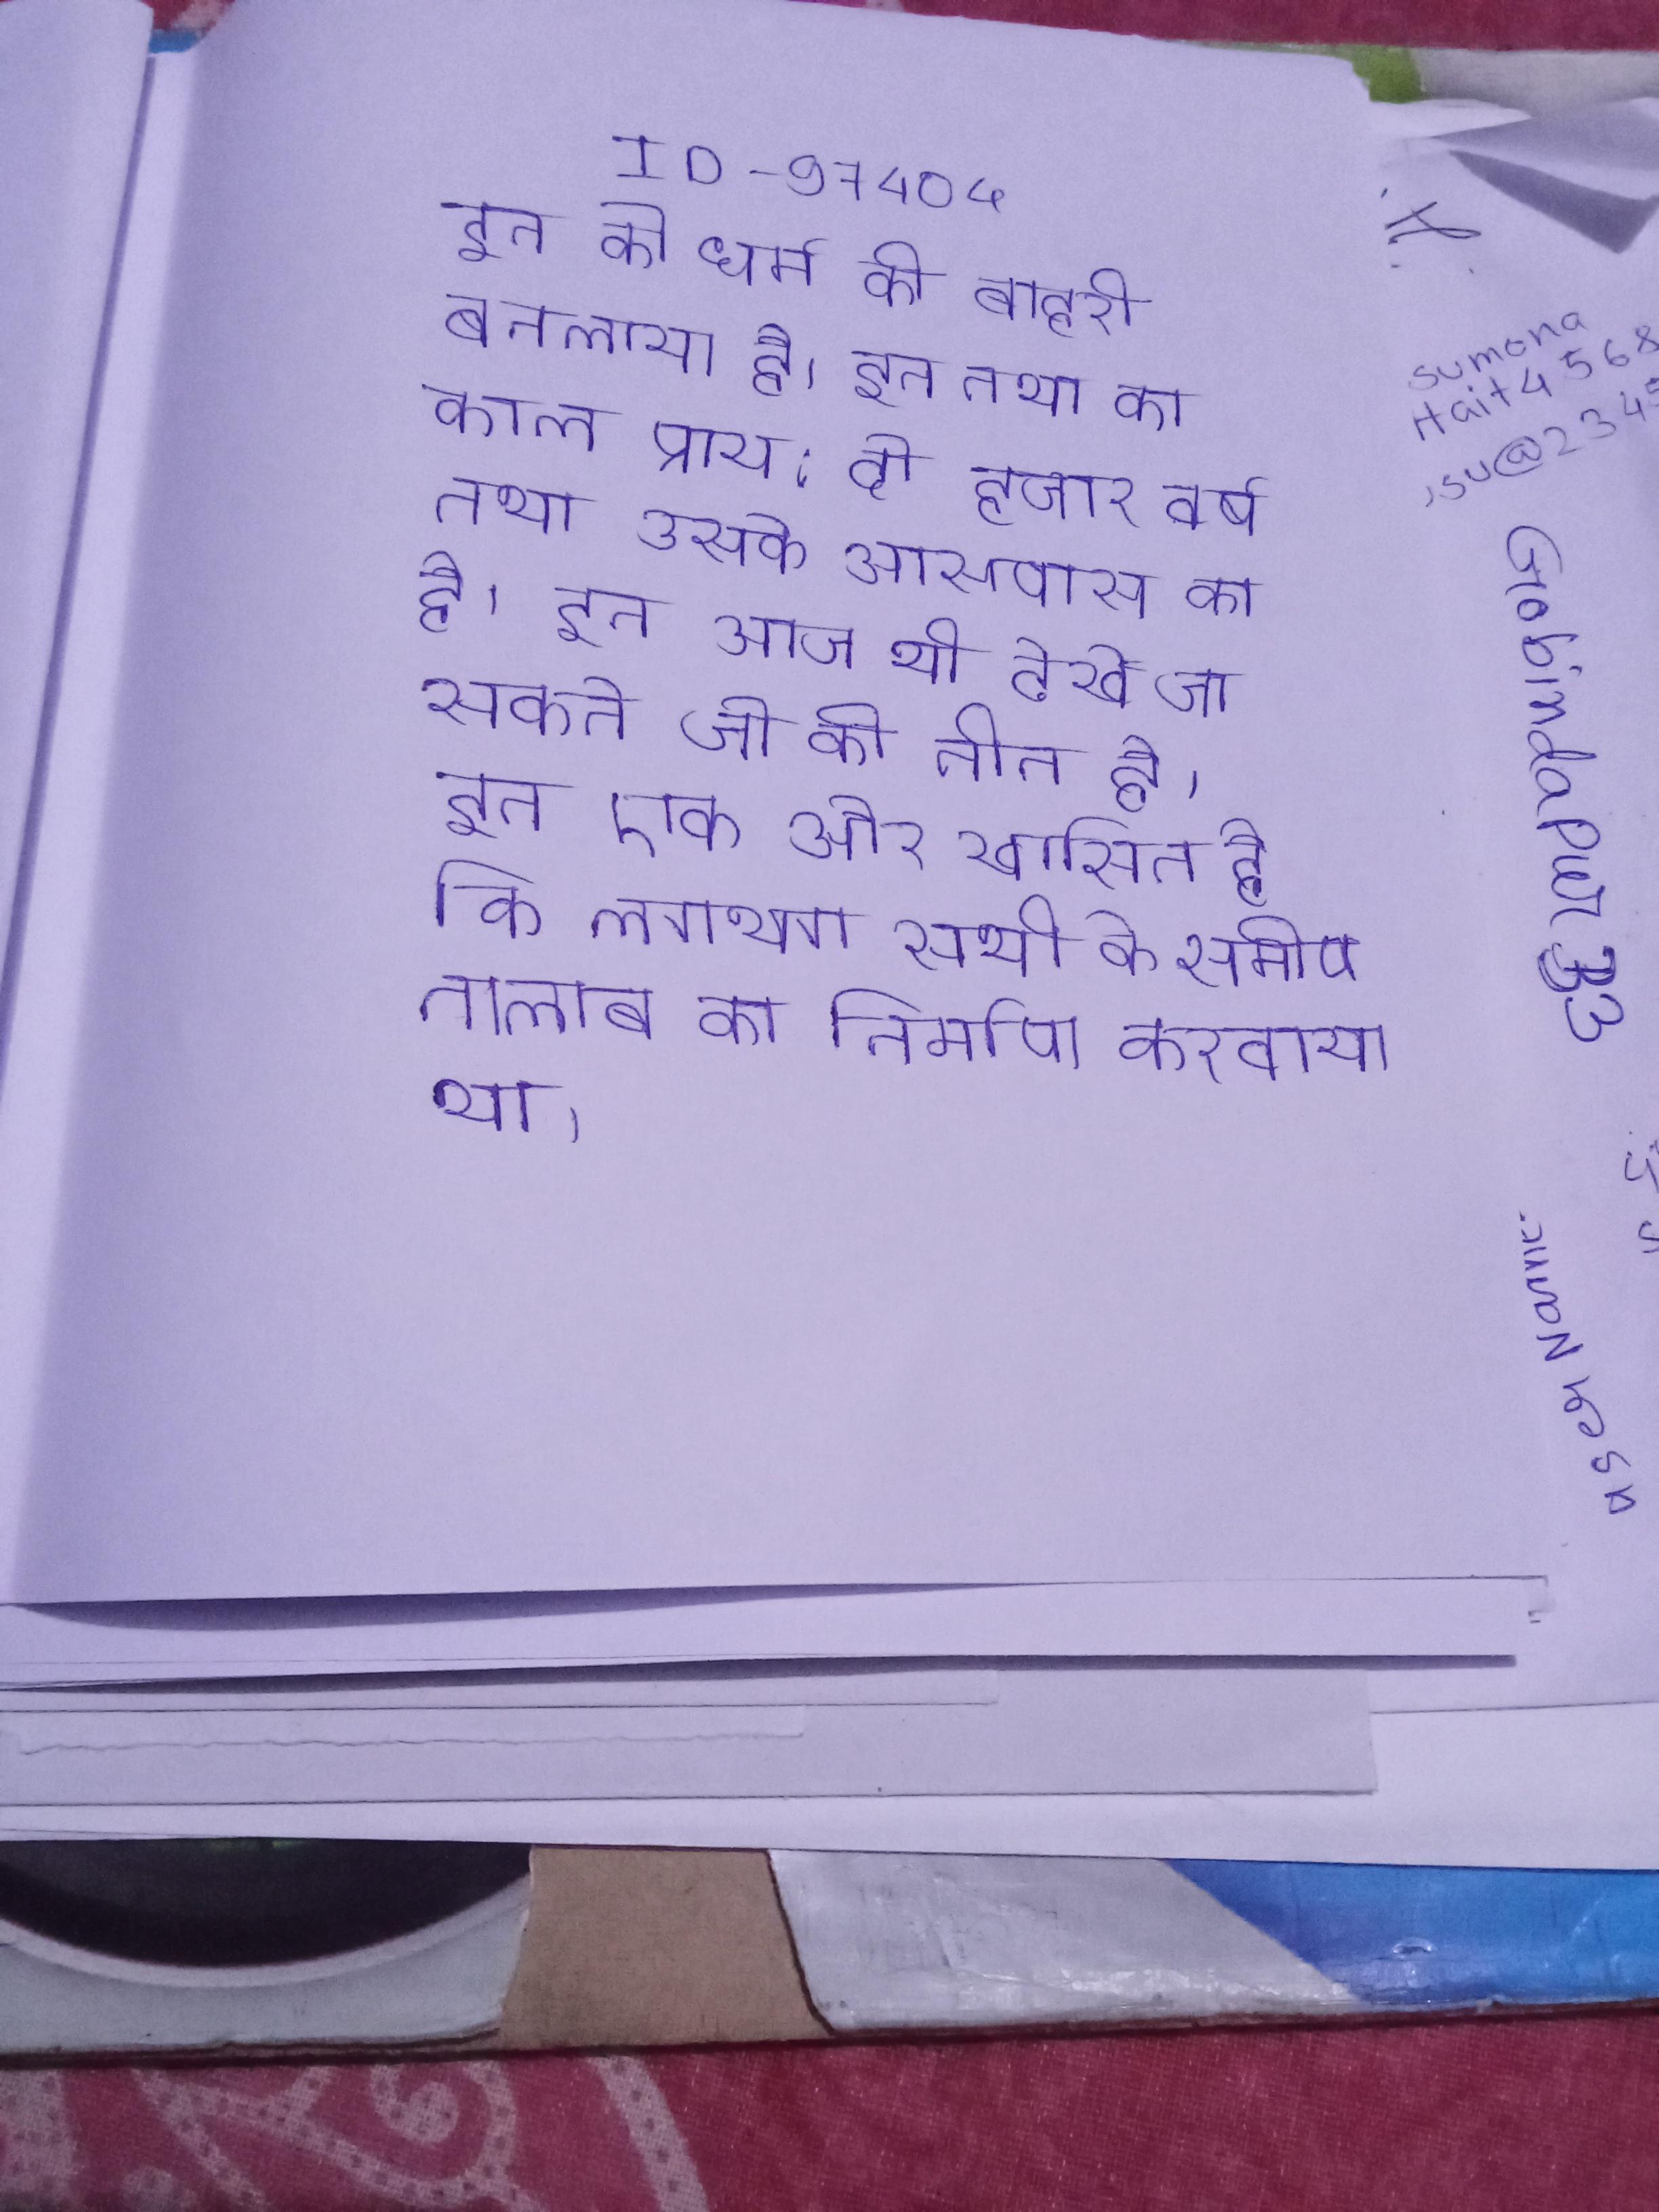
इन को धर्म की बाहरी बतलाया है । इन तथा का काल प्राय: दो हजार वर्ष तथा उसके आसपास का है । इन आज भी देखे जा सकते जो की तीन है । इन एक और खासियत है कि लगभग सभी के समीप तालाब का निर्माण करवाया था ।